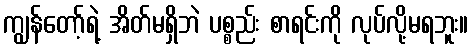
ကျွန်တော့်ရဲ့ အိတ်မရှိဘဲ ပစ္စည်း စာရင်းကို လုပ်လို့မရဘူး။